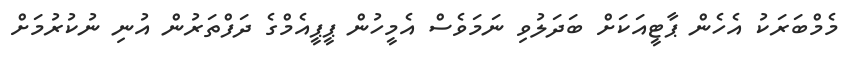
މެމްބަރަކު އެހެން ޕާޓީއަކަށް ބަދަލުވި ނަމަވެސް އެމީހުން ޕީޕީއެމްގެ ދަފްތަރުން އުނި ނުކުރުމަށް